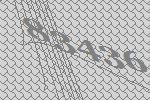
83436